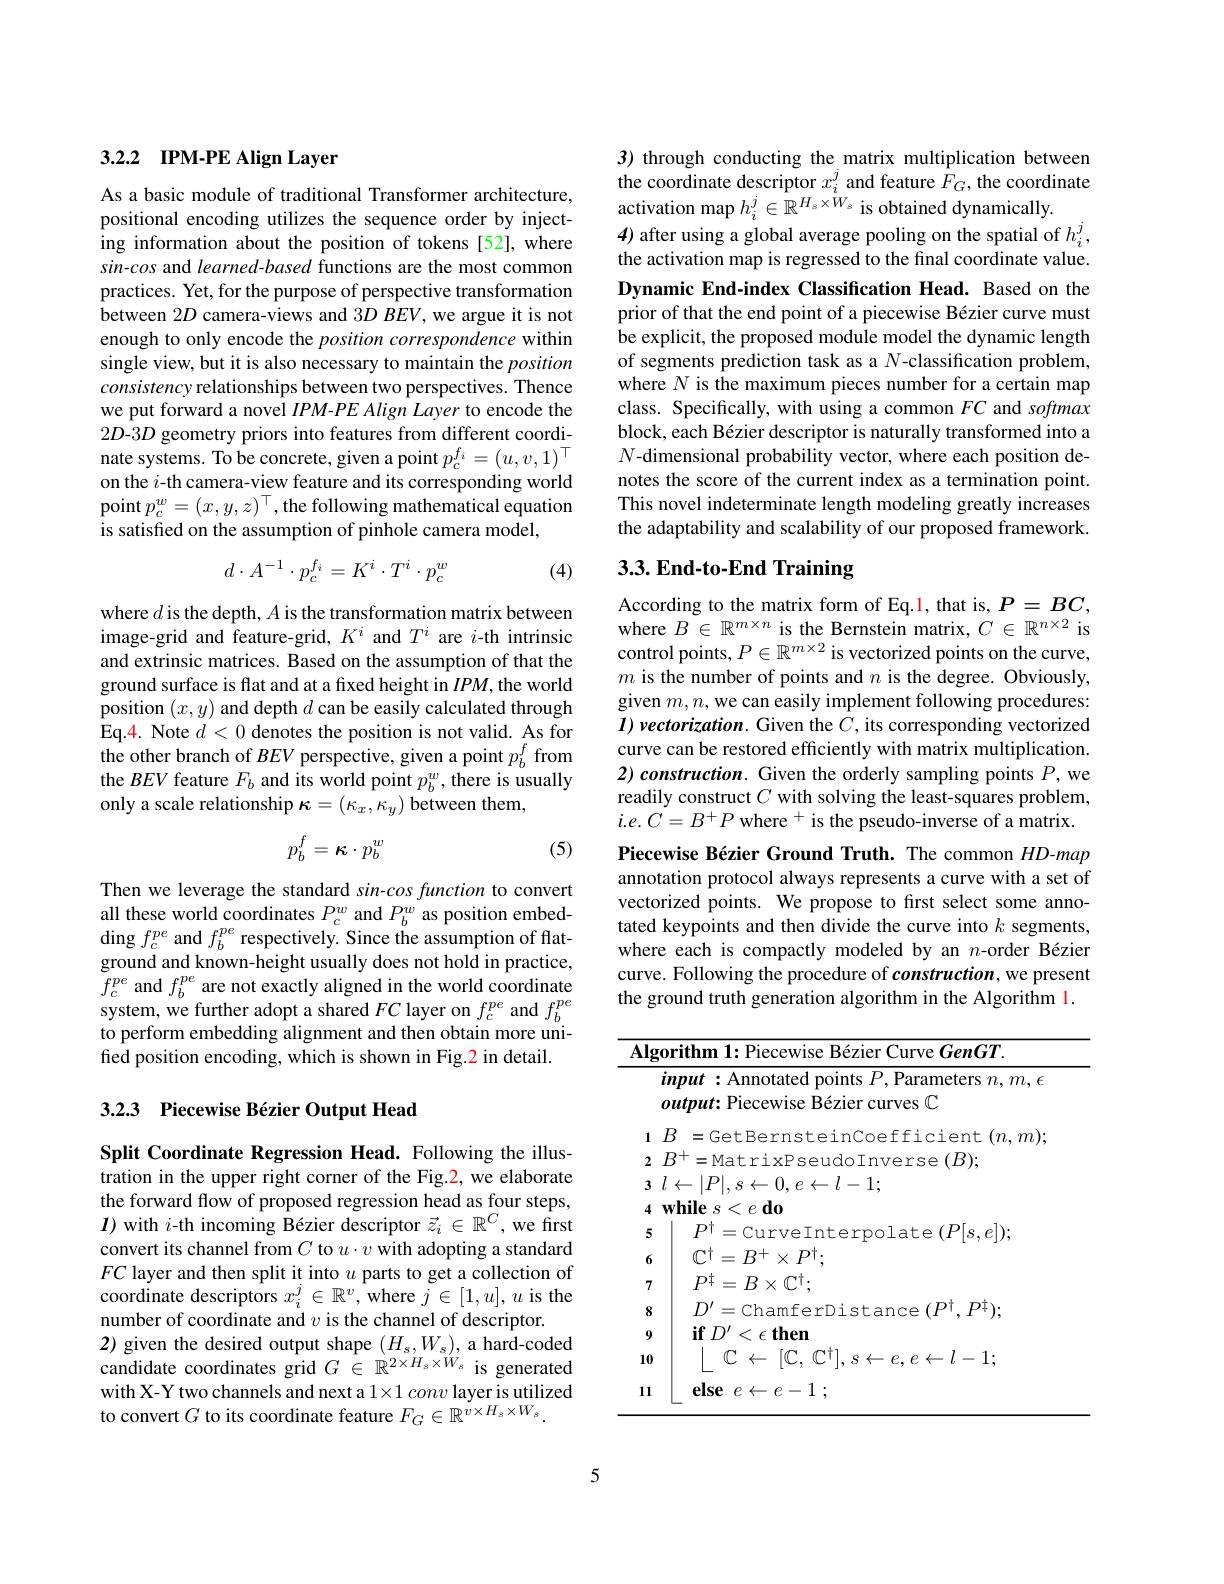
## 3.2.2 IPM-PE Align Layer

As a basic module of traditional Transformer architecture, positional encoding utilizes the sequence order by injecting information about the position of tokens [52],where sin-cos and learned-based functions are the most common practices. Yet, for the purpose of perspective transformation between $2D$ camera-views and $3DBEV$, we argue it is not enough to only encode the position correspondence within single view, but it is also necessary to maintain the position consistency relationships between two perspectives. Thence we put forward a novel $IPM- PE\textit{Align Layer to encode the}$ 2D-3D geometry priors into features from different coordinate systems. To be concrete, given a point $p_c^f_i=(u,v,1)^\top$ on the $i$-th camera-view feature and its corresponding world point $p_c^w=(x,y,z)^\top$,the following mathematical equation is satisfied on the assumption of pinhole camera model,
$$d\cdot A^{-1}\cdot p_c^{f_i}=K^i\cdot T^i\cdot p_c^w$$
(4)

where $d$ is the depth, $A$ is the transformation matrix between image-grid and feature-grid, $K^i$ and $T^i$ are $i$-th intrinsic and extrinsic matrices. Based on the assumption of that the ground surface is flat and at a fixed height in $IPM$, the world position $(x,y)$ and depth $d$ can be easily calculated through Eq.4. Note $d<0$ denotes the position is not valid. As for the other branch of $BEV$ perspective, given a point $p_b^f$ from the $BEV$ feature $F_b$ and its world point $p_b^w$, there is usually only a scale relationship $\kappa=(\kappa_x,\kappa_y)$ between them,
$$p_b^f=\kappa\cdot p_b^w$$
(5)

Then we leverage the standard sin-cos function to convert all these world coordinates $P_{c}^{w}$ and $P_{b}^{w}$ as position embedding $f_c^{pe}$ and $f_b^{pe}$ respectively. Since the assumption of flatground and known-height usually does not hold in practice, $f_{c}^{pe}$ and $f_b^{pe}$ are not exactly aligned in the world coordinate system, we further adopt a shared $FC$ layer on $f_c^{pe}$ and $f_b^{pe}$ to perform embedding alignment and then obtain more unified position encoding, which is shown in Fig.2 in detail.

## 3.23 Piecewise Bézier Output Head

Split Coordinate Regression Head. Following the illustration in the upper right corner of the Fig.2, we elaborate the forward flow of proposed regression head as four steps, $I)$ with $i$-th incoming Bézier descriptor $\vec{z_i}\in\mathbb{R}^C$, we first convert its channel from $C$ to $u\cdot v$ with adopting a standard $FC$ layer and then split it into $u$ parts to get a collection of coordinate descriptors $x_i^j\in\mathbb{R}^v$,where $\tilde{j}\in[1,u],u$ is the number of coordinate and $v$ is the channel of descriptor
2) given the desired output shape $(H_s,W_s)$, a hard-coded candidate coordinates grid $G\in\mathbb{R}^{2\times H_s\times W_s}$ is generated with X-Y two channels and next a $1\times 1\textit{conv layer is utilized}$ to convert $G$ to its coordinate feature $F_G\in\mathbb{R}^v\times H_s\times W_s.$

3) through conducting the matrix multiplication between the coordinate descriptor $x_i^j$ and feature $\hat{F}_G$, the coordinate activation map $h_i^j\in\mathbb{R}^{H_s\times W_s}$ is obtained dynamically.
4) after using a global average pooling on the spatial of $h_i^j$, the activation map is regressed to the final coordinate value. Dynamic End-index Classification Head. Based on the prior of that the end point of a piecewise Bézier curve must be explicit, the proposed module model the dynamic length of segments prediction task as a $N$-classification problem, where $N$ is the maximum pieces number for a certain map class. Specifically, with using a common $FC$ and softmax block, each Bézier descriptor is naturally transformed into a $N$-dimensional probability vector, where each position denotes the score of the current index as a termination point. This novel indeterminate length modeling greatly increases the adaptability and scalability of our proposed framework.

# 3.3. End-to-End Training

According to the matrix form of Eq.1, that is, $P=BC$, where $B\in\mathbb{R}^m\times n$ is the Bernstein matrix, $C\in\mathbb{R}^n\times2$ is control points, $P\in\mathbb{R}^m\times2$ is vectorized points on the curve, $m$ is the number of points and $n$ is the degree. Obviously, given $m,n$,we can easily implement following procedures: $I)$ vectorization. Given the $\hat{C}$, its corresponding vectorized curve can be restored efficiently with matrix multiplication. $2) \textit{construction. Given the orderly sampling points }P$,we readily construct $C$ with solving the least-squares problem, $i.e.C=B^{+}P$ where $^+$ is the pseudo-inverse of a matrix. Piecewise Bézier Ground Truth. The common $HD$-map annotation protocol always represents a curve with a set of vectorized points. We propose to first select some annotated keypoints and then divide the curve into $k$ segments, where each is compactly modeled by an $n$-order Bézier curve. Following the procedure of construction, we present the ground truth generation algorithm in the Algorithm l.

$\overline{\text{Algorithm 1: Piecewise Bézier Curve GenGT.}}$
$input:$Annotated points $P$,Parameters $n,m,\epsilon$
<table>
	<tbody>
		<tr>
			<td>1</td>
			<td>4</td>
		</tr>
		<tr>
			<td>2</td>
			<td>$B^{+}=$MatrixPseudoInverse$(B);$</td>
		</tr>
		<tr>
			<td>5</td>
			<td>$P^{\dagger}=$CurveInterpolate$(P[s,e]);$</td>
		</tr>
		<tr>
			<td>6</td>
			<td>$\mathbb{C}^{\dagger}=B^{+}\times P^{\dagger};$</td>
		</tr>
		<tr>
			<td></td>
			<td>$P^{\dagger}=B\times\mathbb{C}^{\dagger};$</td>
		</tr>
		<tr>
			<td> I</td>
			<td>$D^{\prime}=$ChamferDistance$(P^\dagger,P^\dagger);$</td>
		</tr>
		<tr>
			<td>9</td>
			<td>$\textbf{if}D^{\prime }< \epsilon \textbf{then}$</td>
		</tr>
		<tr>
			<td>10</td>
			<td>$\leftarrow e,e\leftarrow l-1;$ $U$ $\leftarrow$ 14. 11  $S$ <</td>
		</tr>
		<tr>
			<td>11</td>
			<td>else 1 $e$ 1 $P$ 一 $\cdot$</td>
		</tr>
	</tbody>
</table>

5